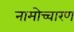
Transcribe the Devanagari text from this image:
नामोच्चारण